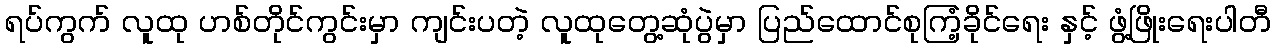
ရပ်ကွက် လူထု ဟစ်တိုင်ကွင်းမှာ ကျင်းပတဲ့ လူထုတွေ့ဆုံပွဲမှာ ပြည်ထောင်စုကြံ့ခိုင်ရေး နှင့် ဖွံ့ဖြိုးရေးပါတီ